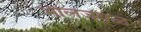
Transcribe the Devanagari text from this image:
भीलजवळ